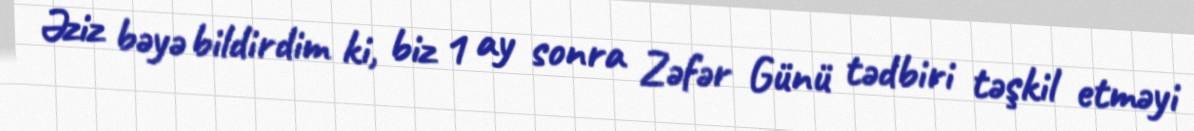
Əziz bəyə bildirdim ki, biz 1 ay sonra Zəfər Günü tədbiri təşkil etməyi